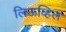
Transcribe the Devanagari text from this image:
लिऊव्हिल